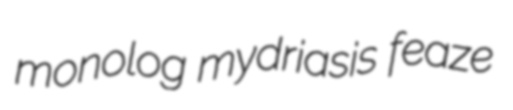
monolog mydriasis feaze